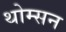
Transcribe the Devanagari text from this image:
थोम्सन